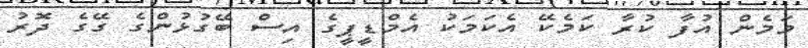
މަމެން އުފާ ކުރާ ކަމެކޭ އެކަމަކު އެމްޑީޕީގެ އިސް ބޭގުޅުންގެ ގޭގެ ދޮރު